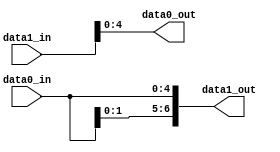
module switch_box_connector
  #(
    parameter W0 = 5,
    parameter W1 = 7
    )
   (
    input [W0-1:0]  data0_in,
    output [W0-1:0] data0_out,
    input [W1-1:0]  data1_in,
    output [W1-1:0] data1_out
    );
   
   genvar 	   i, j;
   generate
      for(i = 0; i < W0; i = i + 1) begin
	 assign data0_out[i] = data1_in[i%W1];
      end
      for(i = 0; i < W1; i = i + 1) begin
	 assign data1_out[i] = data0_in[i%W0];
      end
   endgenerate
   
endmodule